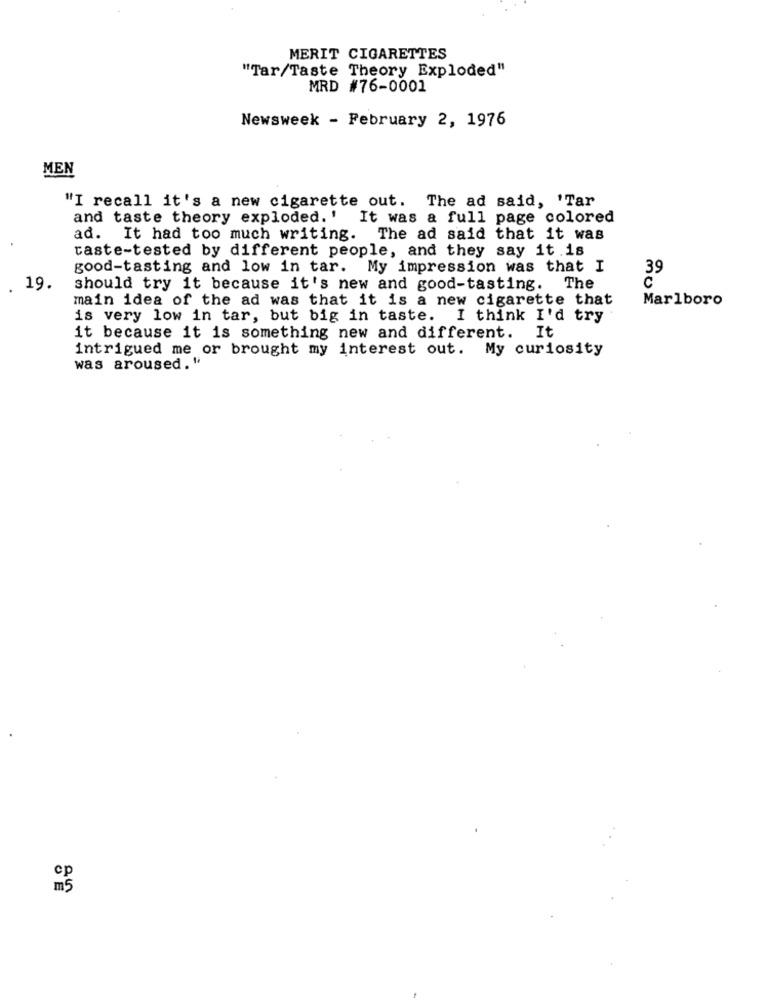
MERIT CIGARETTES
"Tar/Taste Theory Exploded"
MRD #76-0001
Newsweek - February 2, 1976
MEN
"I recall it's a new cigarette out. The ad said, 'Tar
and taste theory exploded.' It was a full page colored
ad. It had too much writing. The ad said that it was
taste-tested by different people, and they say it .is
good-tasting and low in tar. My impression was that I
39
19.
should try it because it's new and good-tasting.
The
main idea of the ad was that it is a new cigarette that
Marlboro
is very low in tar, but big in taste. I think I'd try
it because it is something new and different. It
intrigued me or brought my interest out. My curiosity
was aroused. "